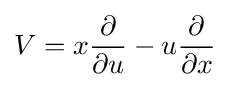
V=x{\frac {\partial }{\partial u}}-u{\frac {\partial }{\partial x}}